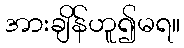
အားချိန်ဟူ၍မရ။